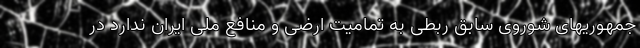
جمهوریهای شوروی سابق ربطی به تمامیت ارضی و منافع ملی ایران ندارد در